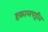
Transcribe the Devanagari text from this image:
हकालपट्टीत